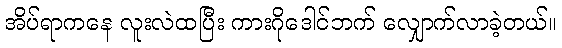
အိပ်ရာကနေ လူးလဲထပြီး ကားဂိုဒေါင်ဘက် လျှောက်လာခဲ့တယ်။